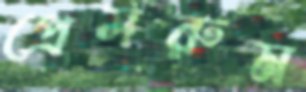
প্রেসরুম